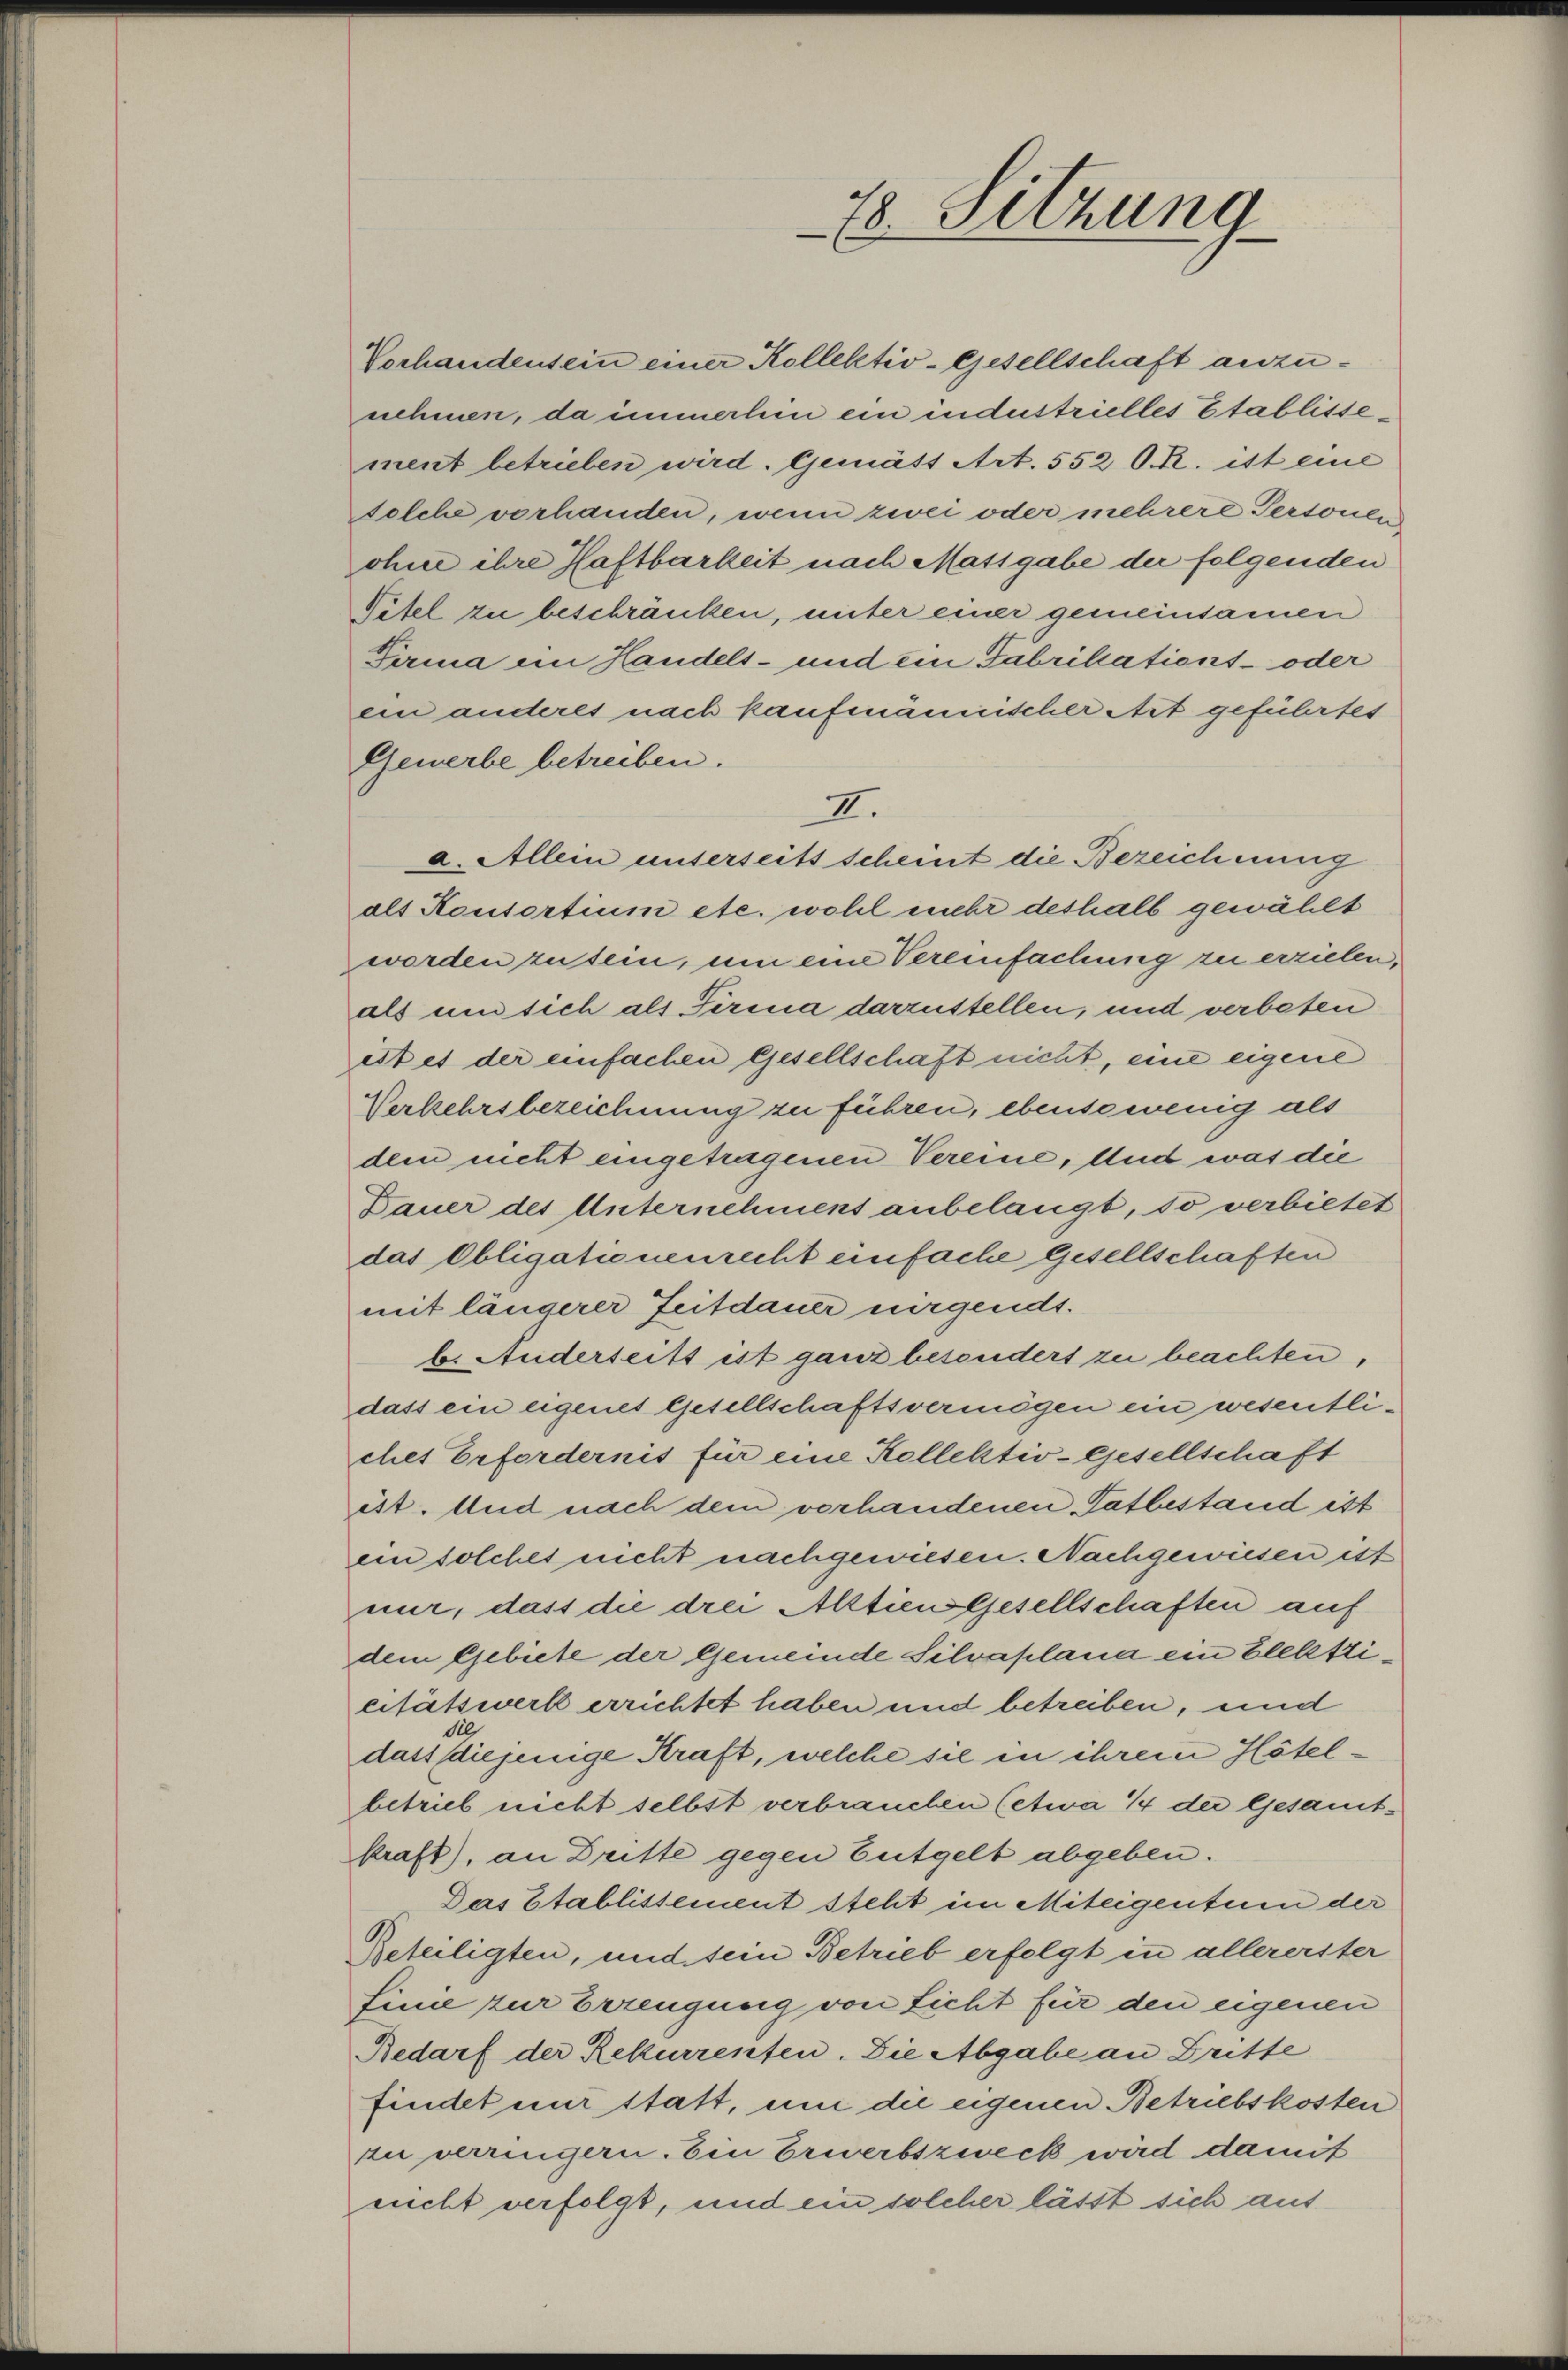
48. Sitzung

Vorhandensein einer Kollektio-Gesellschaft anzunehmen, da immerhin ein industrielles Etablissement betrieben wird. Gemäss Art. 552 O. R. ist eine
Felche vorhanden, wenn zwei oder mehrere Personen
ohne ihre Haftbarkeit nach Massgabe der folgenden
Titel zu beschränken, unter einer gemeinsamen
Pirma im Handels- und ein Fabrikations- oder
ein anderes nach kaufmännischer Art geführtes
Gewerbe betreiben.
als Konsortium etc. wohl mehr deshalb gewählt
worden zu tem, um eine Vereinfachnig zu erzielen,
als und sich als Firma darzustellen, und verbeten
ist es der einfachen Gesellschaft nicht, eine eigene
Verkehrsbezeichnung zu führen, ebensowenig als
dem nicht eingetragenen Vereine, und was die
Dauer des Unternehmens anbelangt, so verbietet
das Obligationenrecht einfache Gesellschaften
mit längerer Zeitdauer nirgendt.
b. Anderseits ist ganz besondert zu beachten,
dass ein eigenes Gesellschaftsvermögen ein wesentliches Erfordernis für eine Kollektiv-Gesellschaft
ist. Und nach dem verhandenen Tatbestand ist
ein solches nicht nachgewiesen. Nachgewiesen ist
nur, dass die drei Alttien Gesellschaften auf
dem Gebiete der Gemeinde Silvaplana ein Elekticitätswerk errichtet haben und betreiben, und
dass diejenige Kraft, welche sie in ihrem Hötelbetrieb nicht selbst verbrauchen (etwa 7 der Gesamtkraft), an Dritte gegen Entgelb abgeben.
Das Etablissement steht im Miteigentum der
Beteiligten, und sein Betrieb erfolgt in allererster
finie zur Erzeugung von Licht für den eigenen
Bedarf der Rekurrenten. Die Abgabe an Dritte
findet mir statt, um die eigenen Betriebskosten
zu verringern. Ein Erwerbszweck wird damit
nicht verfolgt, und ein solcher lässt sich auf

II.
a. Allein unterseits scheint die Bezeichnung